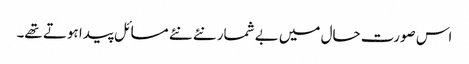
اس صورت حال میں بے شمار نئے نئے مسائل پیدا ہوتے تھے۔